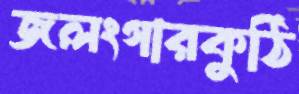
জলংগারকুঠি